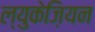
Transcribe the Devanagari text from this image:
ल्युकेज़ियन